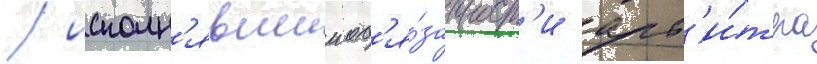
/ исполн'явшии об'я́занност'и арб'и́тра